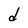
Character: d